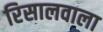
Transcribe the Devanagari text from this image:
रिसालवाला